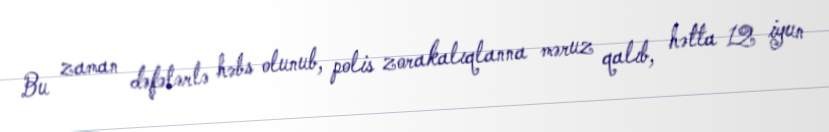
Bu zaman dəfələrlə həbs olunub, polis zorakalıqlanna məruz qalıb, hətta 12 iyun